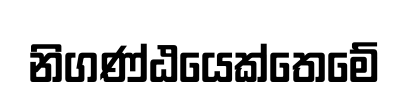
නිගණ්ඨයෙක්තෙමේ